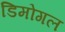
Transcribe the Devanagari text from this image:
डिमोगल